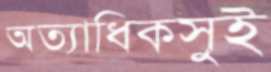
অত্যাধিকসুই